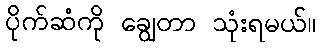
ပိုက်ဆံကို ချွေတာ သုံးရမယ်။